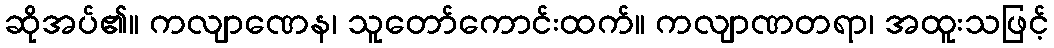
ဆိုအပ်၏။ ကလျာဏေန၊ သူတော်ကောင်းထက်။ ကလျာဏတရာ၊ အထူးသဖြင့်